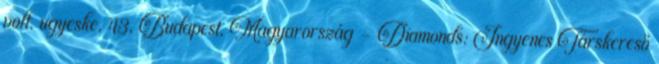
volt. ugyeske, 43, Budapest, Magyarország - Diamonds: Ingyenes Társkereső